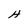
Character: H